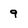
Character: 9